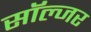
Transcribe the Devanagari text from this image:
साॅल्जर